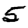
Digit: 5